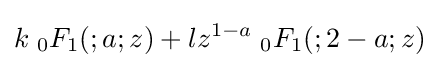
k\;{}_{0}F_{1}(;a;z)+lz^{1-a}\;{}_{0}F_{1}(;2-a;z)